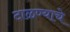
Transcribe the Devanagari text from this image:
टाळण्याचे